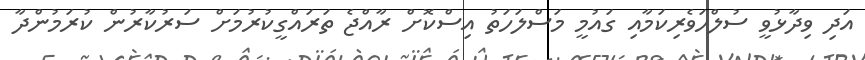
އަދި ވިދާޅުވީ ސުލްހަވެރިކަމާއި ގައުމީ މަސްލަހަތު އިސްކޮށް ރާއްޖެ ތަރައްގީކުރުމަށް ސަރުކާރުން ކުރަމުންދާ